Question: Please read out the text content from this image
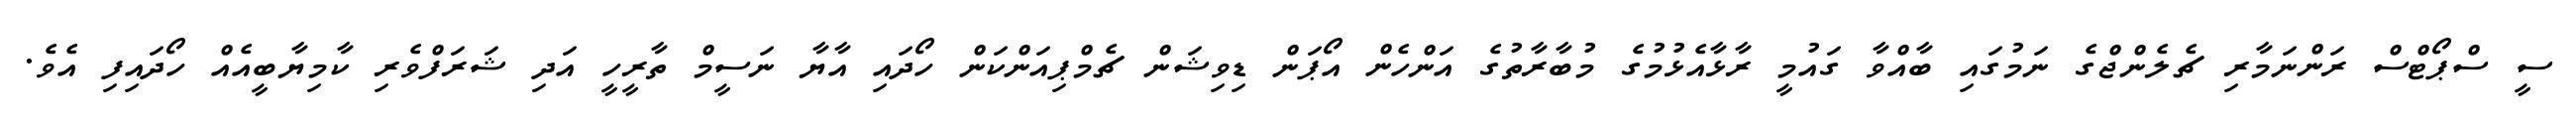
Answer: ސީ ސްޕޯޓްސް ރަންނަމާރި ޗެލެންޖްގެ ނަމުގައި ބާއްވާ ގައުމީ ރާޅާއެޅުމުގެ މުބާރާތުގެ އަންހެން އޯޕަން ޑިވިޝަން ޗެމްޕިއަންކަން ހޯދައި އާޔާ ނަސީމް ތާރީހީ އަދި ޝަރަފްވެރި ކާމިޔާބީއެއް ހޯދައިފި އެވެ.